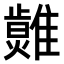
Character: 𤒂